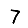
Digit: 7